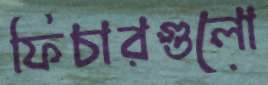
ফিচারগুলো